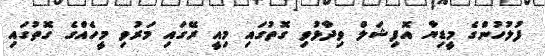
ފުލުހުންގެ މީޑިޔާ އޮފިޝަލް ވިދާޅުވި ގޮތުގައި މިއީ ރޭގައި މަރުވި މީހެއްގެ ގޮތުގައި